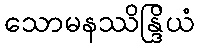
သောမနဿိန္ဒြိယံ